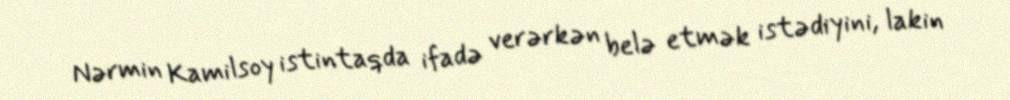
Nərmin Kamilsoy istintaqda ifadə verərkən belə etmək istədiyini, lakin